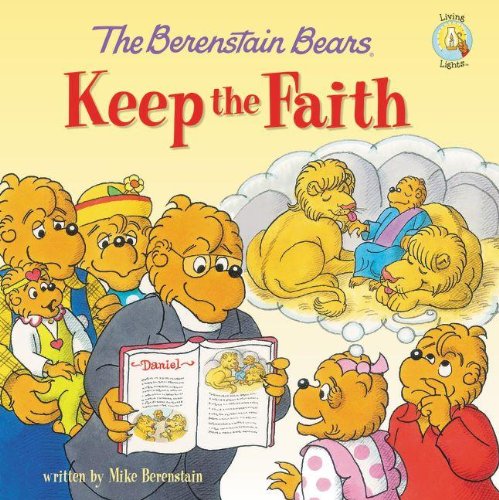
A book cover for The Berenstain Bears Keep the Faith (Berenstain Bears/Living Lights); Mike Berenstain; Christian Books & Bibles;